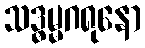
သဒ္ဓမ္မဂရုနော